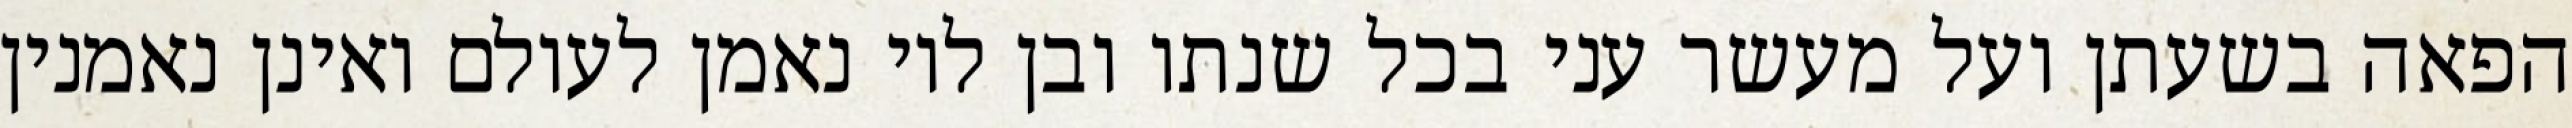
הפאה בשעתן ועל מעשר עני בכל שנתו ובן לוי נאמן לעולם ואינן נאמנין